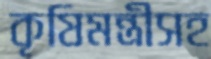
কৃষিমন্ত্রীসহ